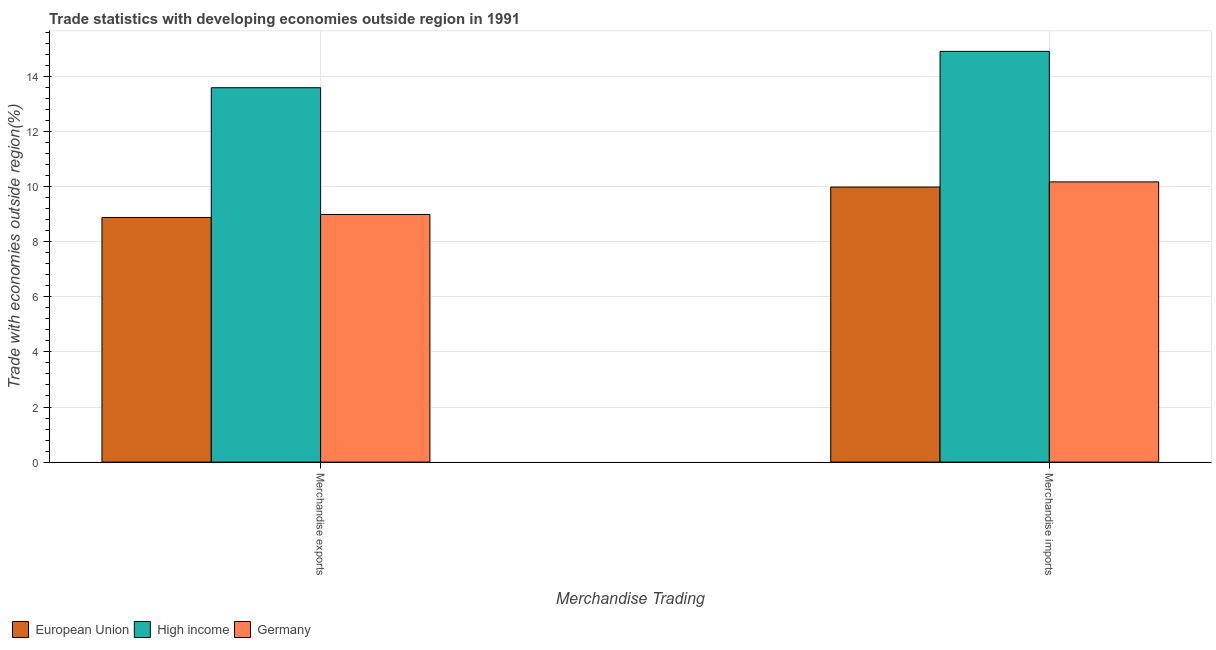
| Merchandise Trading | European Union | High income | Germany |
 | --- | --- | --- | --- |
 | Merchandise exports | 8.88 | 13.6 | 8.99 |
 | Merchandise imports | 9.98 | 14.9 | 10.2 |